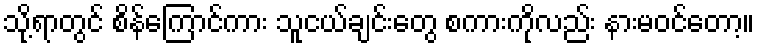
သို့ရာတွင် စိန်ကြောင်ကား သူငယ်ချင်းတွေ စကားကိုလည်း နားမဝင်တော့။